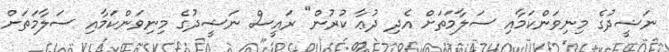
ނަޝީދުގެ މިނިވަންކަމާއި ސަލާމަތަށް އެދި ދުޢާ ކުރުން" ރައީސް ނަޝީދުގެ މިނިވަންކަމާއި ސަލާމަތަށް